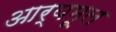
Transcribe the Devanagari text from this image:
आर्यमूल